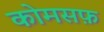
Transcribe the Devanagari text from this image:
कोमसफ़